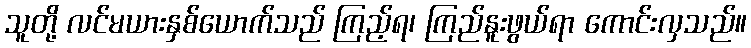
သူတို့ လင်မယားနှစ်ယောက်သည် ကြည့်ရ၊ ကြည်နူးဖွယ်ရာ ကောင်းလှသည်။